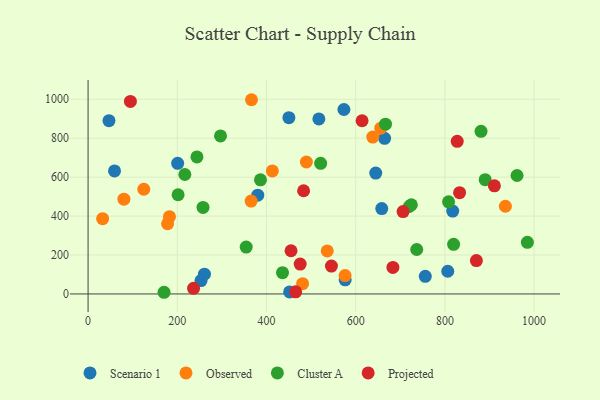
{"axis": {"x": "Study Hours", "y": "Sales"}, "legend": ["Cluster A", "Observed", "Projected", "Scenario 1"], "data": [{"x": "200.8", "y": 671.1, "type": "Scenario 1"}, {"x": "253.2", "y": 68.8, "type": "Scenario 1"}, {"x": "664.8", "y": 799.4, "type": "Scenario 1"}, {"x": "380.4", "y": 507.4, "type": "Scenario 1"}, {"x": "644.9", "y": 620.7, "type": "Scenario 1"}, {"x": "573.6", "y": 947.4, "type": "Scenario 1"}, {"x": "817.5", "y": 425.5, "type": "Scenario 1"}, {"x": "756.0", "y": 90.6, "type": "Scenario 1"}, {"x": "260.9", "y": 101.5, "type": "Scenario 1"}, {"x": "806.4", "y": 116.5, "type": "Scenario 1"}, {"x": "59.3", "y": 632.1, "type": "Scenario 1"}, {"x": "576.4", "y": 72.8, "type": "Scenario 1"}, {"x": "46.8", "y": 890.3, "type": "Scenario 1"}, {"x": "450.2", "y": 905.4, "type": "Scenario 1"}, {"x": "658.4", "y": 438.6, "type": "Scenario 1"}, {"x": "451.9", "y": 10.5, "type": "Scenario 1"}, {"x": "517.4", "y": 899.3, "type": "Scenario 1"}, {"x": "178.2", "y": 360.5, "type": "Observed"}, {"x": "413.1", "y": 631.9, "type": "Observed"}, {"x": "80.3", "y": 486.9, "type": "Observed"}, {"x": "480.9", "y": 52.7, "type": "Observed"}, {"x": "935.6", "y": 450.6, "type": "Observed"}, {"x": "536.2", "y": 221.1, "type": "Observed"}, {"x": "638.2", "y": 805.7, "type": "Observed"}, {"x": "124.9", "y": 537.8, "type": "Observed"}, {"x": "182.5", "y": 396.7, "type": "Observed"}, {"x": "365.5", "y": 477.1, "type": "Observed"}, {"x": "656.2", "y": 851.4, "type": "Observed"}, {"x": "576.2", "y": 94.4, "type": "Observed"}, {"x": "366.4", "y": 997.7, "type": "Observed"}, {"x": "489.4", "y": 677.9, "type": "Observed"}, {"x": "32.6", "y": 386.7, "type": "Observed"}, {"x": "720.2", "y": 449.3, "type": "Cluster A"}, {"x": "170.3", "y": 8.6, "type": "Cluster A"}, {"x": "881.0", "y": 835.6, "type": "Cluster A"}, {"x": "296.9", "y": 811.7, "type": "Cluster A"}, {"x": "984.9", "y": 265.2, "type": "Cluster A"}, {"x": "961.7", "y": 608.5, "type": "Cluster A"}, {"x": "216.9", "y": 613.6, "type": "Cluster A"}, {"x": "386.5", "y": 586.2, "type": "Cluster A"}, {"x": "819.5", "y": 254.9, "type": "Cluster A"}, {"x": "890.3", "y": 587.0, "type": "Cluster A"}, {"x": "736.8", "y": 228.3, "type": "Cluster A"}, {"x": "354.5", "y": 240.7, "type": "Cluster A"}, {"x": "201.8", "y": 509.6, "type": "Cluster A"}, {"x": "435.9", "y": 109.2, "type": "Cluster A"}, {"x": "244.1", "y": 704.0, "type": "Cluster A"}, {"x": "666.8", "y": 872.2, "type": "Cluster A"}, {"x": "257.7", "y": 444.6, "type": "Cluster A"}, {"x": "808.2", "y": 473.0, "type": "Cluster A"}, {"x": "724.8", "y": 458.1, "type": "Cluster A"}, {"x": "521.4", "y": 671.1, "type": "Cluster A"}, {"x": "827.6", "y": 783.8, "type": "Projected"}, {"x": "236.5", "y": 29.0, "type": "Projected"}, {"x": "94.9", "y": 988.9, "type": "Projected"}, {"x": "832.9", "y": 520.2, "type": "Projected"}, {"x": "475.5", "y": 153.5, "type": "Projected"}, {"x": "683.4", "y": 136.3, "type": "Projected"}, {"x": "911.0", "y": 555.6, "type": "Projected"}, {"x": "465.4", "y": 10.7, "type": "Projected"}, {"x": "545.6", "y": 143.3, "type": "Projected"}, {"x": "870.6", "y": 171.5, "type": "Projected"}, {"x": "455.0", "y": 221.9, "type": "Projected"}, {"x": "483.2", "y": 530.1, "type": "Projected"}, {"x": "614.3", "y": 889.7, "type": "Projected"}, {"x": "706.2", "y": 423.2, "type": "Projected"}]}